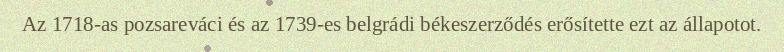
Az 1718-as pozsareváci és az 1739-es belgrádi békeszerződés erősítette ezt az állapotot.